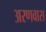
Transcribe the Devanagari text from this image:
अरणवास